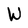
Character: W